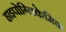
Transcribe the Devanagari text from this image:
हाइपोग्लिकेमिक